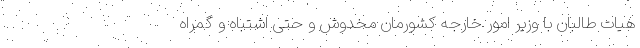
هیات طالبان با وزیر امور خارجه کشورمان مخدوش و حتی اشتباه و گمراه